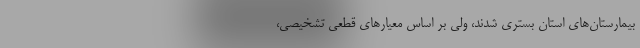
بیمارستان‌های استان بستری شدند، ولی بر اساس معیار‌های قطعی تشخیصی،